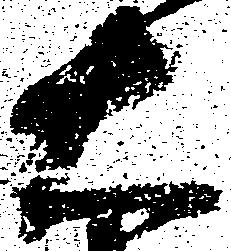
右